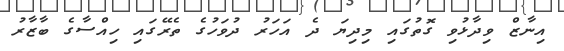
އިނާޒް ވިދާޅުވި ގޮތުގައި މިދިޔަ ދެ އަހަރު ދުވަހުގެ ތެރޭގައި ހިއްސާގެ ބާޒާރު